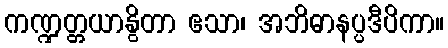
ကဏ္ဍတ္တယာနွိတာ ဧသာ၊ အဘိဓာနပ္ပဒီပိကာ။